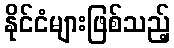
နိုင်ငံများဖြစ်သည့်